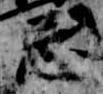
忌